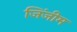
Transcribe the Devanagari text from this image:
जिंजीम